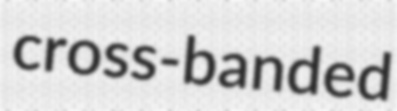
cross-banded